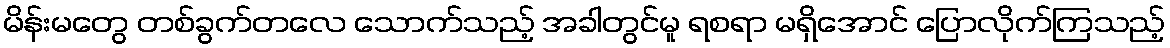
မိန်းမတွေ တစ်ခွက်တလေ သောက်သည့် အခါတွင်မူ ရစရာ မရှိအောင် ပြောလိုက်ကြသည့်